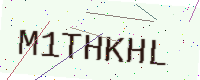
Text: M1THKHL